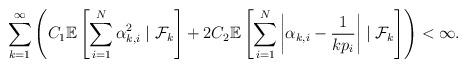
LaTeX: \begin{align*}\sum_{k=1}^\infty \left(C_1\mathbb{E}\left[\sum_{i=1}^N\alpha_{k,i}^2\mid \mathcal{F}_{k}\right] + 2C_2\mathbb{E}\left[\sum_{i=1}^N\left|\alpha_{k,i}- \frac{1}{kp_i} \right|\mid \mathcal{F}_{k}\right]\right) < \infty.\end{align*}